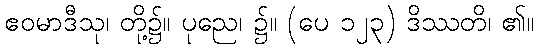
ဧဝမာဒီသု၊ တို့၌။ ပုညေ၊ ၌။ (ပေ ၁၂၃) ဒိဿတိ၊ ၏။